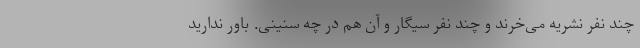
چند نفر نشریه می‌خرند و چند نفر سیگار و آن هم در چه سنینی. باور ندارید